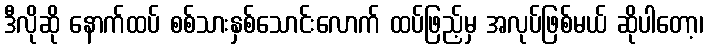
ဒီလိုဆို နောက်ထပ် စစ်သားနှစ်သောင်းလောက် ထပ်ဖြည့်မှ အလုပ်ဖြစ်မယ် ဆိုပါတော့၊